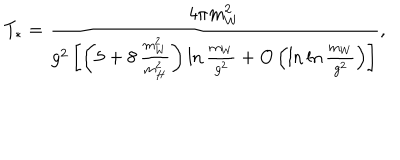
T _ { * } = \frac { 4 \pi m _ { W } ^ { 2 } } { g ^ { 2 } \left[ \left( 5 + 8 \, \frac { m _ { W } ^ { 2 } } { m _ { H } ^ { 2 } } \right) \ln \frac { m _ { W } } { g ^ { 2 } } + O \left( \ln \ln \frac { m _ { W } } { g ^ { 2 } } \right) \right] } ,